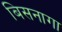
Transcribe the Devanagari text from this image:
बिसनागा